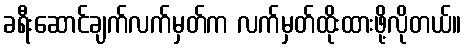
ခရီးဆောင်ချက်လက်မှတ်က လက်မှတ်ထိုးထားဖို့လိုတယ်။